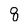
Character: 8